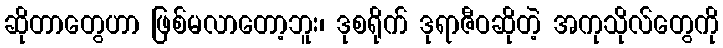
ဆိုတာတွေဟာ ဖြစ်မလာတော့ဘူး၊ ဒုစရိုက် ဒုရာဇီဝဆိုတဲ့ အကုသိုလ်တွေကို